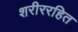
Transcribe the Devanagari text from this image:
शरीररहित